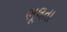
ભૂલતા